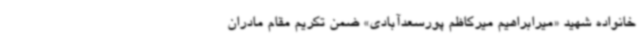
خانواده شهید «میرابراهیم میرکاظم‌ پورسعدآبادی» ضمن تکریم مقام مادران